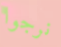
نرجوا